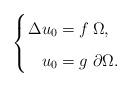
LaTeX: \begin{align*}\left\{\arraycolsep=1.4pt\def\arraystretch{1.6}\begin{array}{rll}\Delta u_0 = & f & \Omega, \\u_0 = & g & \partial \Omega.\end{array}\right.\end{align*}